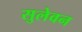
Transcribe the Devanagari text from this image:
सुलेवन